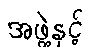
အဖွဲ့နှင့်